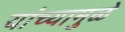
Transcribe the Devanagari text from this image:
यांच्‍यामुळे